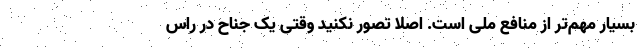
بسیار مهم‌تر از منافع ملی است. اصلا تصور نکنید وقتی یک جناح در راس